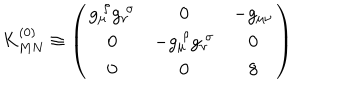
K _ { M N } ^ { ( 0 ) } \equiv \left( \begin{array} { c c c } { { g _ { \mu } ^ { \; \rho } g _ { \nu } ^ { \; \sigma } } } & { { 0 } } & { { - g _ { \mu \nu } } } \\ { { 0 } } & { { - g _ { \mu } ^ { \; \rho } g _ { \nu } ^ { \; \sigma } } } & { { 0 } } \\ { { 0 } } & { { 0 } } & { { 8 } } \\ \end{array} \right)